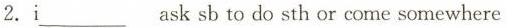
2.i___ask sb to do sth or come some wherre